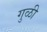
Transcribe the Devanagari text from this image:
गुळी